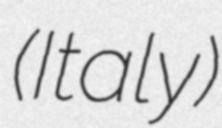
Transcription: (Italy)